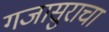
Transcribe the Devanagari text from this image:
गजासुराचा